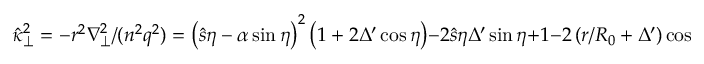
\hat { \kappa } _ { \perp } ^ { 2 } = - r ^ { 2 } \nabla _ { \perp } ^ { 2 } / ( n ^ { 2 } q ^ { 2 } ) = \left( \hat { s } \eta - \alpha \sin \eta \right) ^ { 2 } \left( 1 + 2 \Delta ^ { \prime } \cos \eta \right) - 2 \hat { s } \eta \Delta ^ { \prime } \sin \eta + 1 - 2 \left( r / R _ { 0 } + \Delta ^ { \prime } \right) \cos \eta